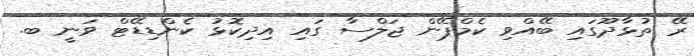
ރޭ ތުޅާދޫގައި ބޭއްވި ކެމްޕޭން ޖަލްސާ ގައި އިދިކޮޅު ކެންޑިޑޭޓް ވަނީ ބ.